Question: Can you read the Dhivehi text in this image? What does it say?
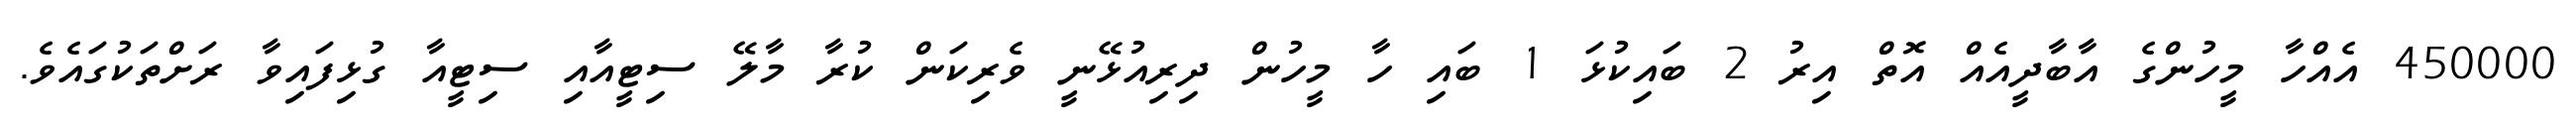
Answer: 450000 އެއްހާ މީހުންގެ އާބާދީއެއް އޮތް އިރު 2 ބައިކުޅަ 1 ބައި ހާ މީހުން ދިރިއުޅޭނީ ވެރިކަން ކުރާ މާލޭ ސިޓީއާއި ސިޓީއާ ގުޅިފައިވާ ރަށްތަކުގައެވެ.